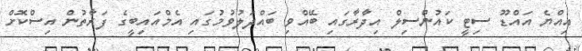
އިއްޔެ އައްޑޫ ސިޓީ ކައުންސިލް އިދާރާގައި ބޭއްވި ބައްދަލުވުމުގައި އެމްއައިބީގެ ފަރާތުން އިސްކޮށް